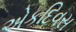
એકદિવસ